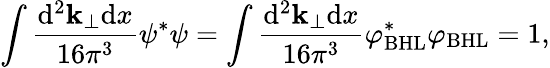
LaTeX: \int\frac{{\mathrm{d}}^{2}{\mathbf k}_{\perp}{\mathrm{d}}x}{16{\pi}^{3}}{\psi}^{\ast}\psi=\int\frac{{\mathrm{d}}^{2}{\mathbf k}_{\perp}{\mathrm{d}}x}{16{\pi}^{3}}{\varphi}_{\mathrm{BHL}}^{\ast}{\varphi}_{\mathrm{BHL}}=1,